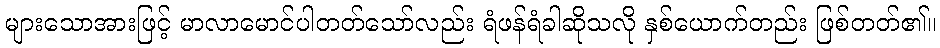
များသောအားဖြင့် မာလာမောင်ပါတတ်သော်လည်း ရံဖန်ရံခါဆိုသလို နှစ်ယောက်တည်း ဖြစ်တတ်၏။